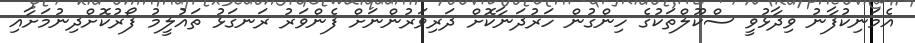
އެމަނިކުފާނު ވިދާޅުވީ ސްކޫލްތަކުގެ ހިންގުން ހަރުދަނާކޮށް ދަރިވަރުންނަށް ފެންވަރު ރަނގަޅު ތައުލީމު ފޯރުކޮށްދިނުމަށާއި